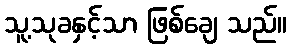
သူ့သုခနှင့်သာ ဖြစ်ချေ သည်။